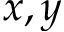
x , y